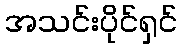
အသင်းပိုင်ရှင်